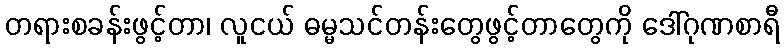
တရားစခန်းဖွင့်တာ၊ လူငယ် ဓမ္မသင်တန်းတွေဖွင့်တာတွေကို ဒေါ်ဂုဏစာရီ